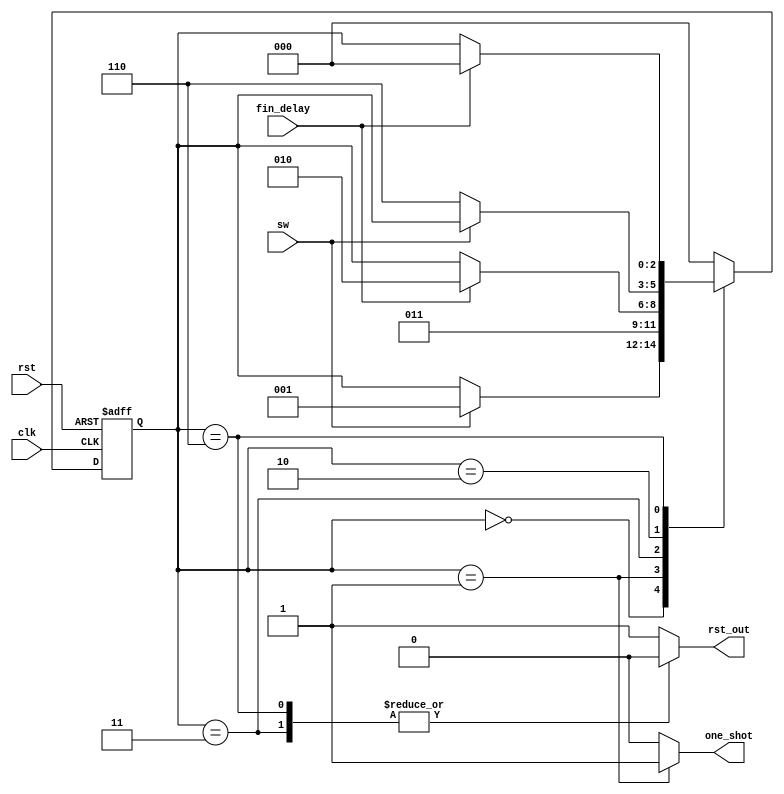
// Company: ITESO
//////////////////////////////////////////////////////////////////////////////////
module FSM_Debouncer(
    input clk,
    input rst,
    input sw,
	 input fin_delay,
	 output reg rst_out,
    output reg one_shot
    );
// Definition of State codes. 
parameter [2:0] ini  = 'b000;
parameter [2:0] shot = 'b001;
parameter [2:0] off1 = 'b011;
parameter [2:0] sw_1 = 'b010;
parameter [2:0] off2 = 'b110;

reg [2:0]estado;
//asynchronous reset asserted at high-level.
always @(posedge rst, posedge clk)
    begin
        if(rst)
            estado <= ini;
        else
            case(estado)
                ini: if (sw)
                        estado <= shot;
                shot: estado <= off1;
                off1: if(fin_delay)
                        estado <= sw_1;
                sw_1: if(~sw)
                        estado <= off2;
                off2: if(fin_delay)
                        estado <=ini;
                default: estado <=ini;
            endcase
    end
always @ (estado)
    begin
        case(estado)
                 ini: begin one_shot = 'b0; rst_out = 1'b1; end
                shot: begin one_shot = 'b1; rst_out = 1'b1; end
                off1: begin one_shot = 'b0; rst_out = 1'b0; end
                sw_1: begin one_shot = 'b0; rst_out = 1'b1; end
                off2: begin one_shot = 'b0; rst_out = 1'b0; end
             default: begin one_shot = 'b0; rst_out = 1'b1; end
        endcase
    end
endmodule